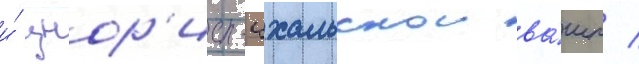
и́ цнор'ис-цхальскои ва́шп /